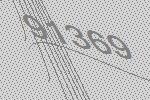
91369